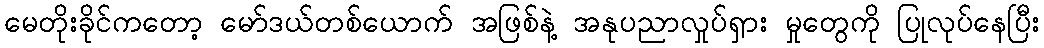
မေတိုးခိုင်ကတော့ မော်ဒယ်တစ်ယောက် အဖြစ်နဲ့ အနုပညာလှုပ်ရှား မှုတွေကို ပြုလုပ်နေပြီး